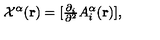
{ \cal { X } } ^ { \alpha } ( { \bf { r } } ) = [ { \textstyle \frac { \partial _ { i } } { \partial ^ { 2 } } } A _ { i } ^ { \alpha } ( { \bf { r } } ) ] ,